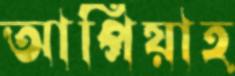
আপিয়াহ